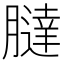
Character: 𦡯